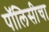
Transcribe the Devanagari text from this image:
पॉलिसीचा